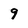
Character: 9